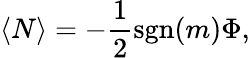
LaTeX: \langle N\rangle=-{\frac{1}{2}}\mathrm{sgn}(m)\Phi,